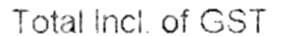
TOTAL INCL. OF GST